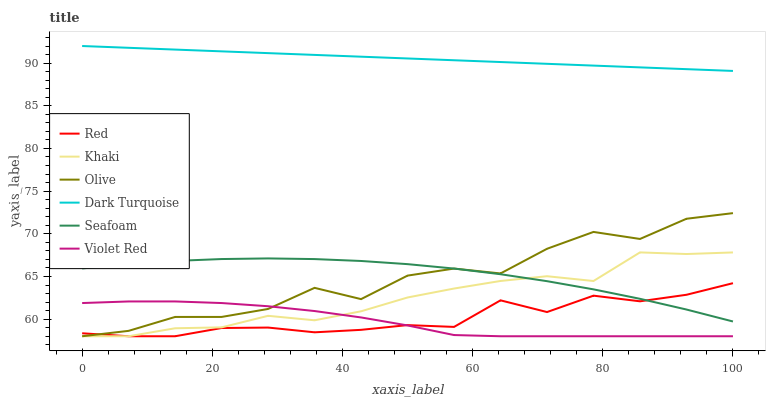
| xaxis_label | Red | Khaki | Olive | Dark Turquoise | Seafoam | Violet Red |
 | --- | --- | --- | --- | --- | --- | --- |
 | 0 | 58.3 | 58 | 58 | 92 | 65.9 | 61.9 |
 | 7.14 | 58 | 58 | 58.6 | 91.8 | 66.5 | 62.1 |
 | 14.3 | 58 | 58.9 | 60.3 | 91.6 | 66.8 | 62.1 |
 | 21.4 | 59 | 59 | 60.3 | 91.4 | 67 | 61.9 |
 | 28.6 | 59 | 60.4 | 61.2 | 91.2 | 67.1 | 61.5 |
 | 35.7 | 58.5 | 59.9 | 63.7 | 91 | 67 | 61 |
 | 42.9 | 58.8 | 60.9 | 62.3 | 90.7 | 66.8 | 60.2 |
 | 50 | 59.3 | 62.5 | 65.1 | 90.5 | 66.4 | 59.3 |
 | 57.1 | 59.1 | 63.6 | 65.9 | 90.3 | 65.9 | 58.1 |
 | 64.3 | 62.2 | 64.5 | 65.4 | 90.1 | 65.3 | 58 |
 | 71.4 | 60.8 | 65 | 68.2 | 89.9 | 64.5 | 58 |
 | 78.6 | 62.8 | 64.5 | 70.2 | 89.7 | 63.5 | 58 |
 | 85.7 | 62.1 | 67.8 | 69.4 | 89.5 | 62.4 | 58 |
 | 92.9 | 62.9 | 67.6 | 71.8 | 89.3 | 61.1 | 58 |
 | 100 | 64.2 | 67.8 | 72.4 | 89.1 | 59.7 | 58 |